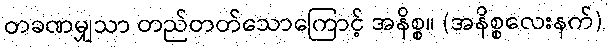
တခဏမျှသာ တည်တတ်သောကြောင့် အနိစ္စ။ (အနိစ္စလေးနက်)